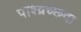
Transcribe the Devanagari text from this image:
पाश्व्रच्छदा